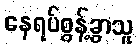
နေရပ်စွန့်ခွာသူ